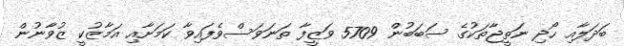
ބަދަލާއި ހޯދި ނަތީޖާތަކުގެ ސަބަބުން 5709 ވަޒީފާ ތަަނަވަސްވެފައިވާ ކަމަށާއި އަމާޒުކީ ޒުވާނުން